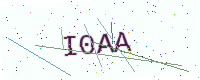
Text: I0AA